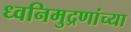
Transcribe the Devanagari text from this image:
ध्वनिमुद्रणांच्या